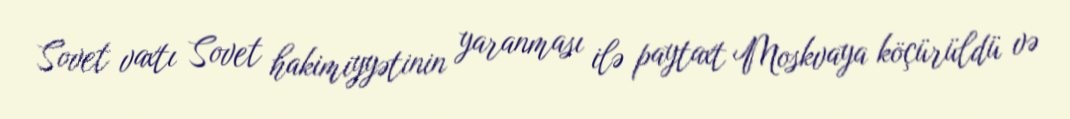
Sovet vaxtı Sovet hakimiyyətinin yaranması ilə paytaxt Moskvaya köçürüldü və